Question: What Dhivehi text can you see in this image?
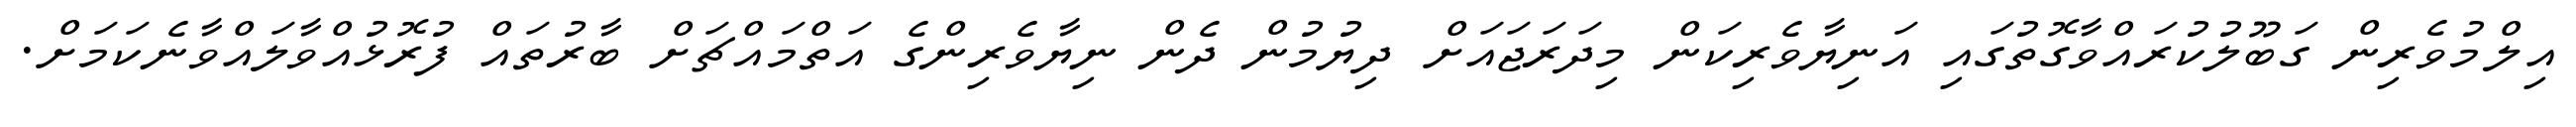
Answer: އިލްމުވެރިން ގަބޫލުކުރައްވާގޮތުގައި އަނިޔާވެރިކަން މިދަރަޖައަށް ދިޔުމުން ދެން ނިޔާވެރިންގެ އަތްމައްޗަށް ބާރުތައް ފުރޮޅުއްވާލައްވާނެކަމަށް.